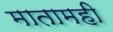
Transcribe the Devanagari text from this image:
मातामही